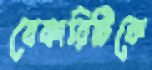
বেকারিটিকে